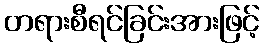
တရားစီရင်ခြင်းအားဖြင့်